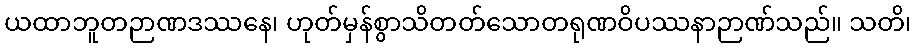
ယထာဘူတဉာဏဒဿနေ၊ ဟုတ်မှန်စွာသိတတ်သောတရုဏဝိပဿနာဉာဏ်သည်။ သတိ၊